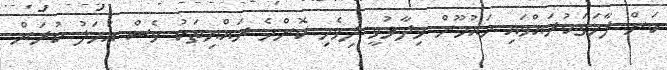
ކަން ފާހަގަކުރައްވައި މައުމޫން ވިދާޅުވީ ދިވެހި ކޮންމެ ރައްޔިތަކު ވެސް އަމަލު ކުރަން